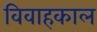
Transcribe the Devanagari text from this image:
विवाहकाल